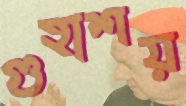
গুহাশয়